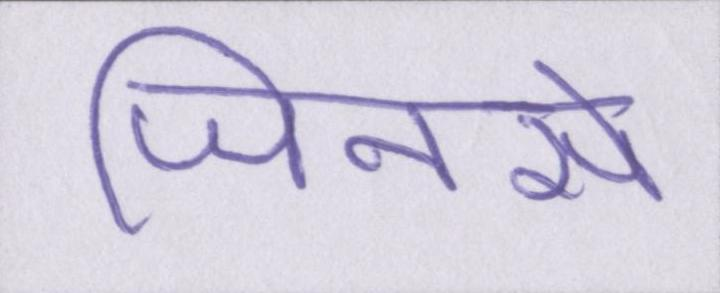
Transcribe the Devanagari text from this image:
जिनसे